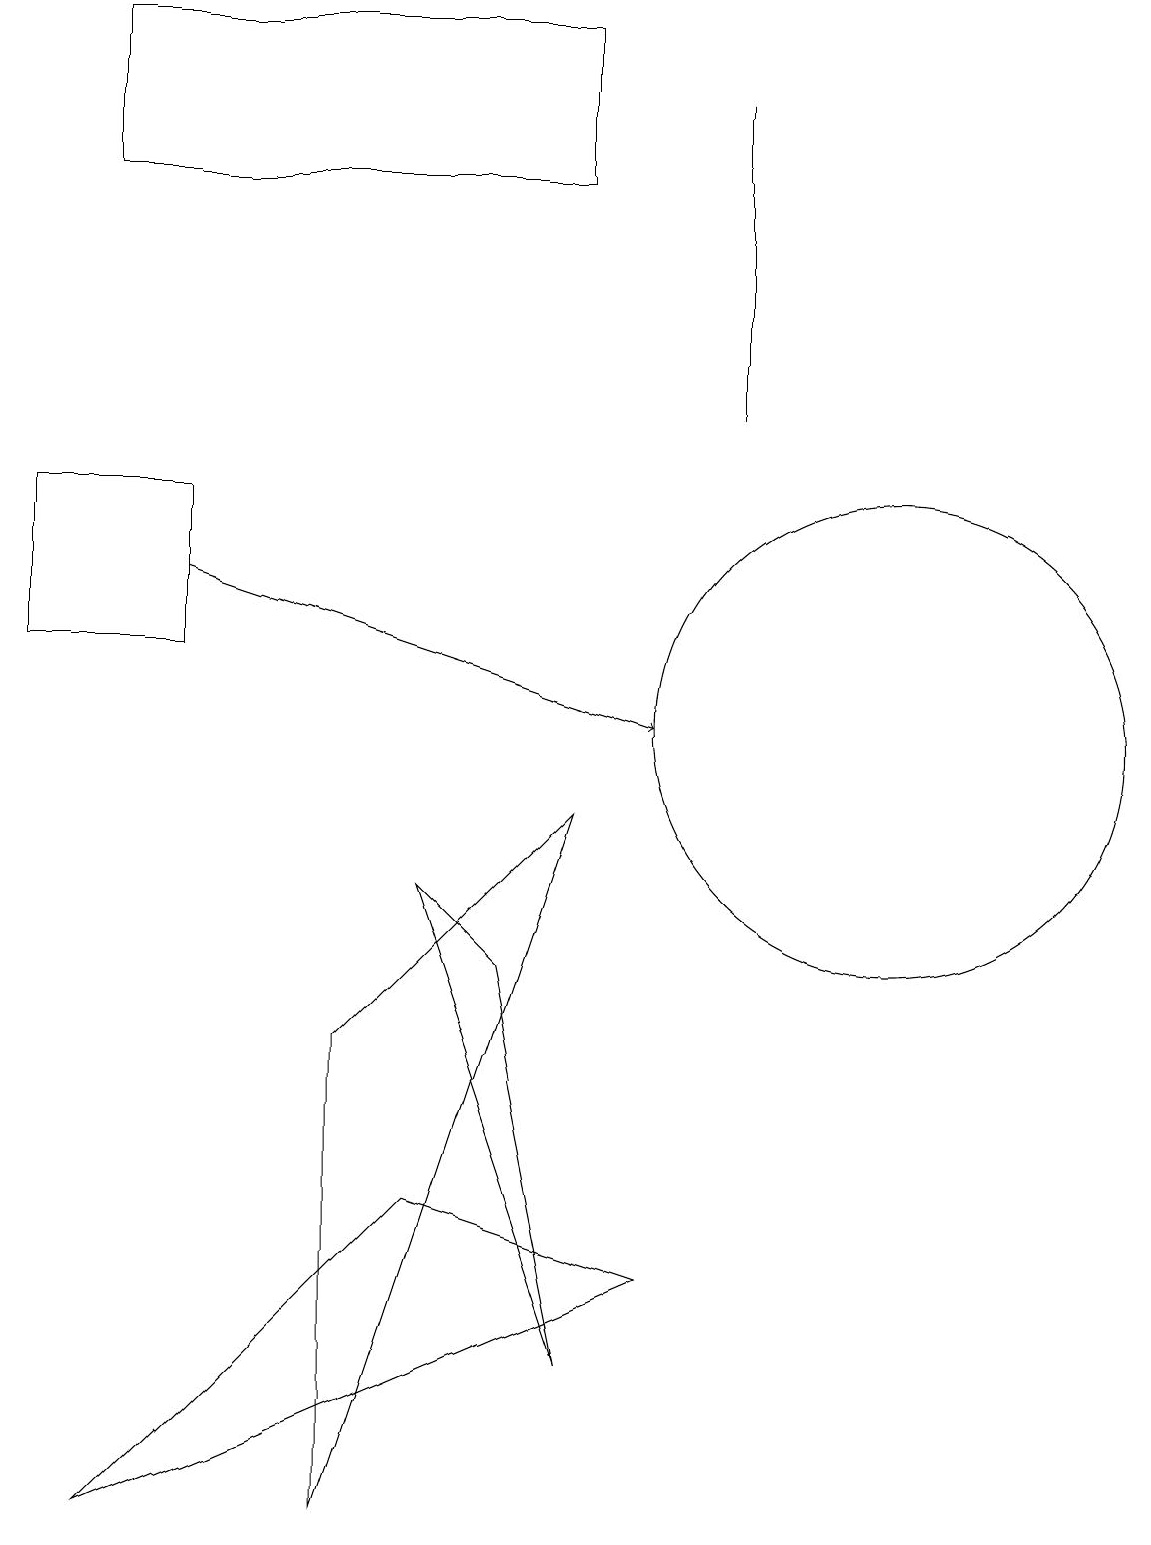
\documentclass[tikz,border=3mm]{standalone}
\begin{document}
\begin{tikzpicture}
\draw (7,19) rectangle (1,17);
\draw[->] (2,12) -- (8,10);
\draw (5,8) -- (6,7) -- (7,2) -- cycle;
\draw (1,0) -- (5,4) -- (8,3) -- cycle;
\draw (11,10) circle (3);
\draw (0,13) rectangle (2,11);
\draw (9,14) rectangle (9,18);
\draw (7,9) -- (4,0) -- (4,6) -- cycle;
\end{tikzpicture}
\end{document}